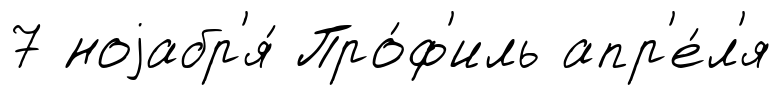
7 ноjабр'я́ Про́ф'иль апр'е́л'я